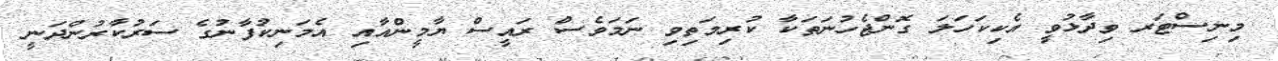
މިނިސްޓަރ ވިދާޅުވީ އެކިކަހަލަ ގޮންޖެހުނަތަކާ ކުރިމަތިވި ނަމަވެސް ރައީސް ޔާމީންއާއި އެމަނިކުފާނުގެ ސަރުކާރުންދަނީ